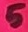
Text: 5